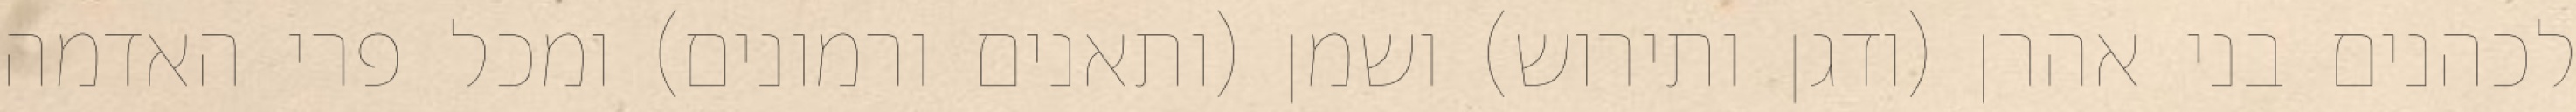
לכהנים בני אהרן (ודגן ותירוש) ושמן (ותאנים ורמונים) ומכל פרי האדמה